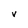
Character: v